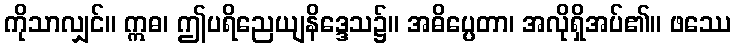
ကိုသာလျှင်။ ဣဓ၊ ဤပရိညေယျနိဒ္ဒေသ၌။ အဓိပ္ပေတာ၊ အလိုရှိအပ်၏။ ဖဿေ